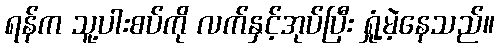
ရန်က သူ့ပါးစပ်ကို လက်နှင့်အုပ်ပြီး ရှုံ့မဲ့နေသည်။